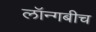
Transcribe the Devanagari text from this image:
लॉन्गबीच